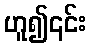
ဟူ၍၎င်း